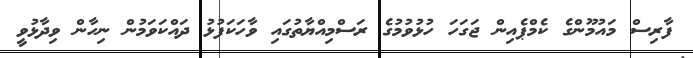
ފާރިސް މައުމޫންގެ ކެމްޕެއިން ޖަގަހަ ހުޅުވުމުގެ ރަސްމިއްޔާތުގައި ވާހަކަފުޅު ދައްކަވަމުން ނިހާން ވިދާޅުވީ